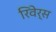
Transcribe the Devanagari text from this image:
रिवेर्स